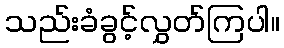
သည်းခံခွင့်လွှတ်ကြပါ။